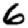
Digit: 6